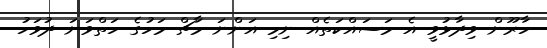
ހާރޫން ވިދާޅުވީ އެ މަސައްކަތެއް ނިމި އަންނަ މާޗް މަހުގެ ހަތްވަނަ ދުވަހު